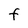
Character: f